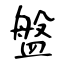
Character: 盤